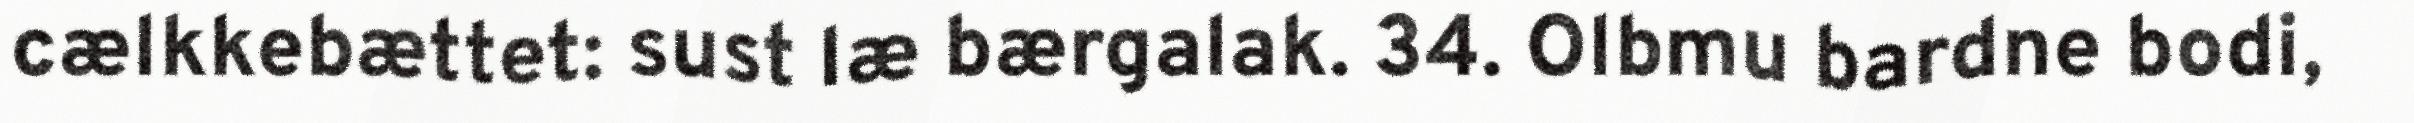
cælkkebættet: sust læ bærgalak. 34. Olbmu bardne bodi,